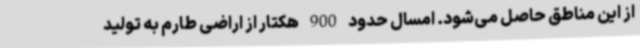
از این مناطق حاصل می‌شود. امسال حدود 900 هکتار از اراضی طارم به تولید